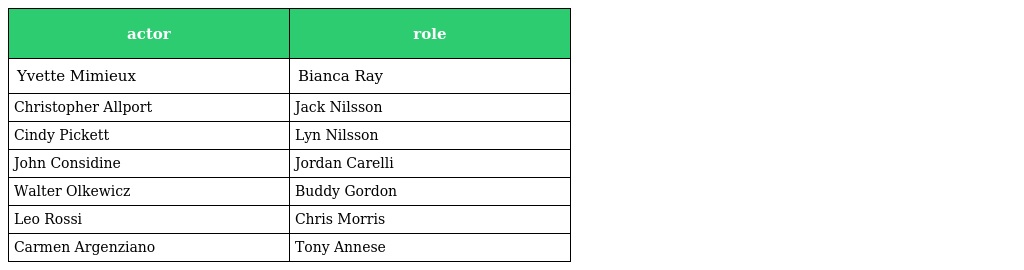
| actor | role |
 | --- | --- |
 | Yvette Mimieux | Bianca Ray |
 | Christopher Allport | Jack Nilsson |
 | Cindy Pickett | Lyn Nilsson |
 | John Considine | Jordan Carelli |
 | Walter Olkewicz | Buddy Gordon |
 | Leo Rossi | Chris Morris |
 | Carmen Argenziano | Tony Annese |